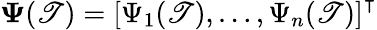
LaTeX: \boldsymbol{\Psi}(\mathscr{T})=\left[\Psi_{1}(\mathscr{T}),\ldots,\Psi_{n}(\mathscr{T})\right]^{\intercal}